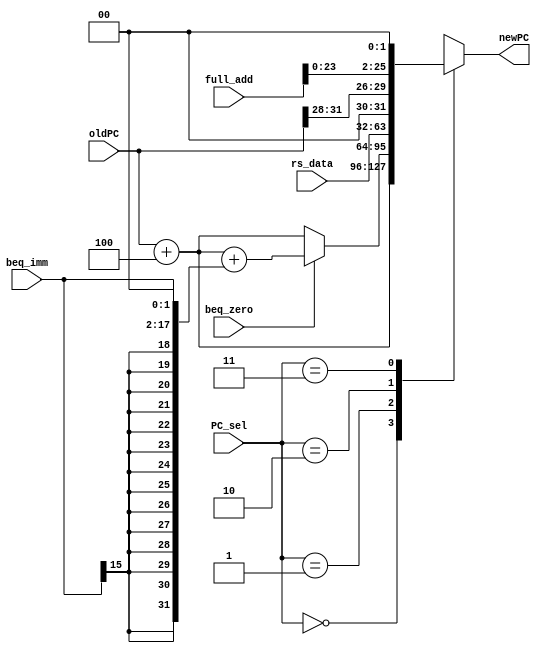

module npc(
	input [31:0] rs_data,
	input [25:0] full_add,
   input [31:0] oldPC,
	 input [15:0] beq_imm,
	 input  beq_zero,    
    input [1:0] PC_sel,   
    output reg [31:0] newPC
    );

	 always @(oldPC or beq_imm or beq_zero or PC_sel) begin
		case(PC_sel)
			2'b00:	newPC = oldPC + 4;
			2'b01:			
				if(beq_zero == 1) newPC = oldPC + 4 + {{14{beq_imm[15]}},beq_imm[15:0],2'b00};//beq
				else newPC = oldPC + 4;	
			2'b10: //jr
				newPC=rs_data;
			2'b11://j & jal
				newPC={oldPC[31:28],(full_add << 2)};
						
		endcase		
	
	 end	 

endmodule